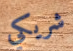
شريكي